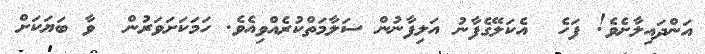
އަންދައިލާށެވެ! ފަހެ  އެކަލޭގެފާނު އަލިފާނުން ސަލާމަތްކުރެއްވިއެވެ. ހަމަކަށަވަރުން  ވާ ބަޔަކަށް